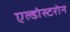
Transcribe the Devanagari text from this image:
एल्डोस्टरोन